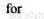
for